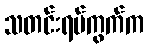
သတင်းရပ်ကွက်က